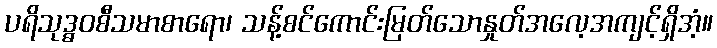
ပရိသုဒ္ဓဝစီသမာစာရော၊ သန့်စင်ကောင်းမြတ်သောနှုတ်အလေ့အကျင့်ရှိအံ့။